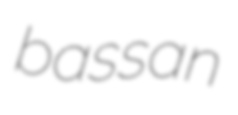
bassan